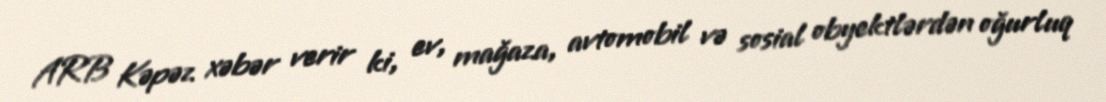
ARB Kəpəz xəbər verir ki, ev, mağaza, avtomobil və sosial obyektlərdən oğurluq